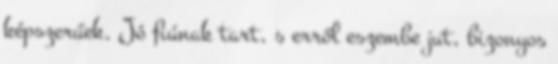
képszerűek. Jó fiúnak tart, s erről eszembe jut, bizonyos